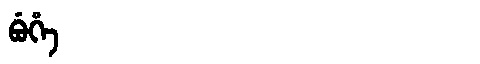
Manchu: ᠪᡠᡥᡝ
Romanization: BUHE